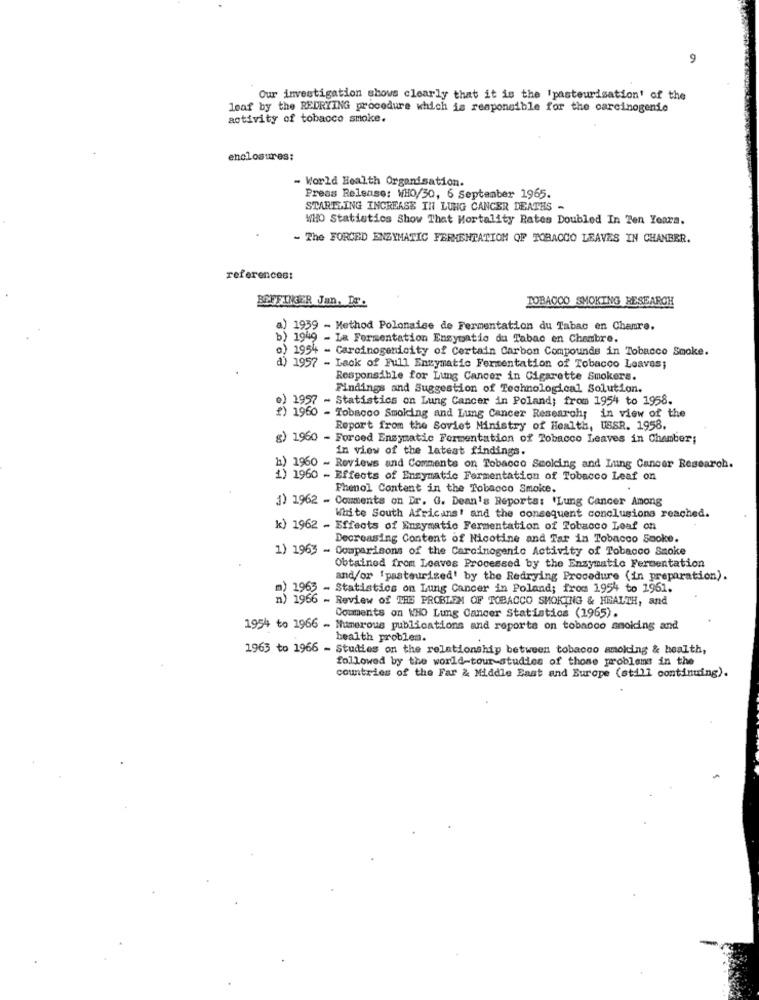
9
Our investigation shows clearly that it is the Ipasteurisation' of the
leaf by the REDRYING procedure which is responsible for the carcinogenic
activity of tobacco smoke.
enclosures:
- World Health Organisation.
Press Release: WHO/30, 6 September 1965.
STARTLING INCREASE IN LUNG CANCER DEATHS -
WHO Statistics Show That Mortality Rates Doubled In Ten Years.
- The FORCED ENZYMATIC FERMENTATION OF TOBACCO LEAVES IN CHANBER.
references:
TOBACCO SMOKING RESEARCH
BEFFINGER Jan, De:
a) 1959 - Method Polonaise de Fermentation du Tabac en Chamre.
b) 1949 - La Fermentation Enzymatic du Tabac en Chambre.
o) 1954 - Carcinogenicity of Certain Carbon Compounds in Tobacco Smoke.
d) 1957 - Lack of Full Enzymatic Fermentation of Tobacco Leaves;
Responsible for Lung Cancer in Cigarette Smokers.
Findings and Suggestion of Technological Solution.
) 1957 - Statistics on Lung Cancer in Poland; from 1954 to 1958.
1960 - Tobacco Smoking and Lung Cancer Research; in view of the
Report from the Soviet Ministry of Health, USSR. 1958.
g) 1960 - Forced Enzymatic Formentation of Tobacco Leaves in Chamber;
in view of the latest findings.
h) 1960 - Reviews and Comments on Tobacco Scolding and Lung Cancer Research.
1) 1960 - Effects of Enzymatic Fermentation of Tobacco Leaf on
Fhenol Content in the Tobacco Smoke.
1) 1962 - Comments on Dr. G. Dean's Reports: 'Lung Cancer Among
White South Africans! and the consequent conclusions reached.
k) 1962 - Effects of Enzymatic Fermentation of Tobacco Loaf on
Decreasing Content of Nicotine and Tar in Tobacco Sooke.
1) 1963 - Comparisons of the Carcinogenic Activity of Tobacco Smoke
Obtained from Leaves Processed by the Enzymatic Fermentation
and/or "pasteurized' by the Redrying Procedure (in preparation).
m) 1965 - Statistics on Lung Cancer in Poland; from 1954 to 1961.
6 - Review of THE PROBLEM OF TOBACCO SMOKING & HEALTH, and
Comments on WHO Lung Cancer Statistics (1965).
1954 to 1966 - Numerous publications and reports on tobacco smoking and
health problem.
1963 to 1966 - Studies on the relationship between tobacco amolding & health,
followed by the world-tour-studies of those problems in the
countries of the Far & Middle East and Europe (still continuing).